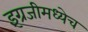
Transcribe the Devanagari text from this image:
इंग्रजीमध्येच